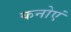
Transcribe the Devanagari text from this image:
कनोएं